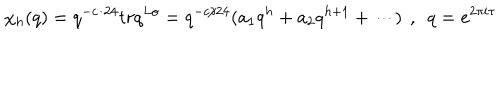
LaTeX: \chi _ { h } ( q ) = q ^ { - c / 2 4 } t r q ^ { L o } = q ^ { - c / 2 4 } ( a _ { 1 } q ^ { h } + a _ { 2 } q ^ { h + 1 } + \cdots ) \ \, , \ \ q = e ^ { 2 \pi i \tau }